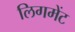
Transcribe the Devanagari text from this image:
लिगमेंट